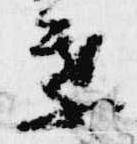
葉